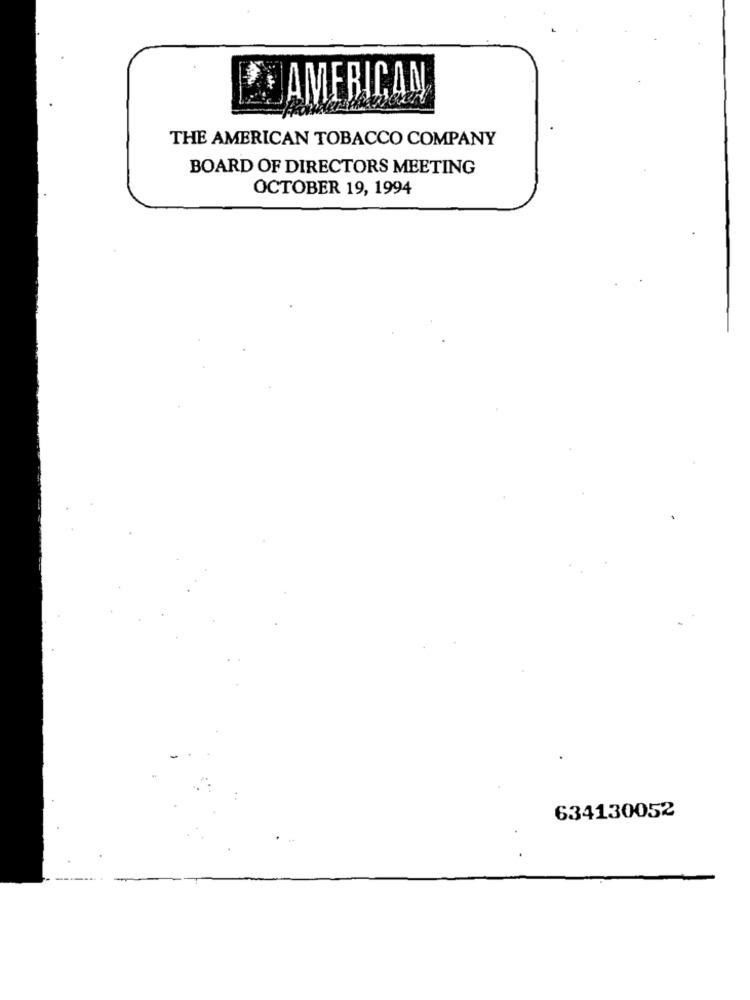
AMERICAN
THE AMERICAN TOBACCO COMPANY
BOARD OF DIRECTORS MEETING
OCTOBER 19, 1994
634130052